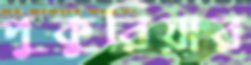
পুকুরিয়ার